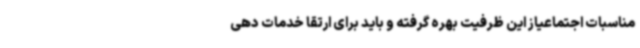
مناسبات اجتماعیاز این ظرفیت بهره گرفته و باید برای ارتقا خدمات دهی